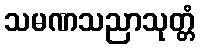
သမဏသညာသုတ္တံ